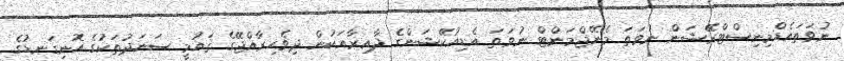
ނުވަތައެޑްމިނިސްޓްރޭޝަން ނުވަތަ މެނޭޖްމަންޓް ނުވަތަ އެޑިއުކޭޝަންގެ ދާއިރާއަކުން ދިވެހިރާއްޖޭގެ ޤައުމީ ސަނަދުތަކުގެ އޮނިގަނޑުގެ